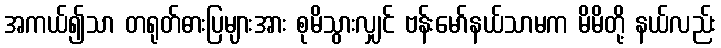
အကယ်၍သာ တရုတ်ဓားပြများအား စုမိသွားလျှင် ဗန်းမော်နယ်သာမက မိမိတို့ နယ်လည်း